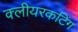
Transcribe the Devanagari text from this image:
क्लीयरकटिंग